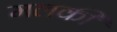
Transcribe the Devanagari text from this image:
मलकी